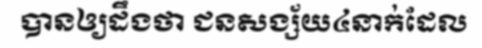
បានឲ្យដឹងថា ជនសង្ស័យ៤នាក់ដែល